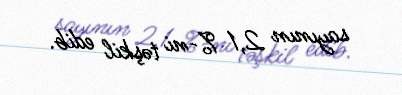
sayının 2,1 %-ni təşkil edib.